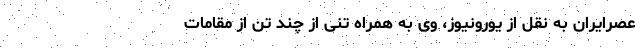
عصرایران به نقل از یورونیوز، وی به همراه تنی از چند تن از مقامات